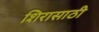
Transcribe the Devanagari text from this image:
शिरासाठी